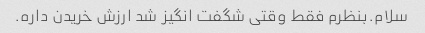
سلام.بنظرم فقط وقتی شگفت انگیز شد ارزش خریدن داره.